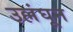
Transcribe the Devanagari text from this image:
उल्लंघून